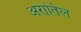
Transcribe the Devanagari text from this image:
अरातिल